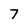
Character: 7